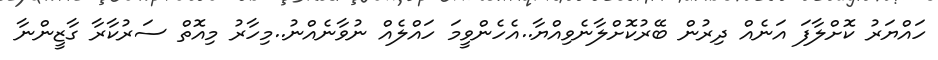
ހައްޔަރު ކޮށްލާފަ އަނެއް ދިރުން ބޭރުކޮށްލާނެވިއްޔާ..އެހެންވީމަ ހައްލެއް ނުވާނެއްނު..މިހާރު މިއޮތް ސަރުކާރާ ގާޒީންނާ